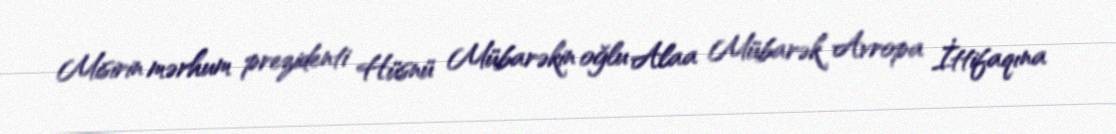
Misirin mərhum prezidenti Hüsnü Mübarəkin oğlu Alaa Mübarək Avropa İttifaqına